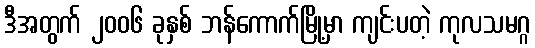
ဒီအတွက် ၂၀၀၆ ခုနှစ် ဘန်ကောက်မြို့မှာ ကျင်းပတဲ့ ကုလသမဂ္ဂ